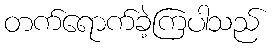
တက်ရောက်ခဲ့ကြပါသည်